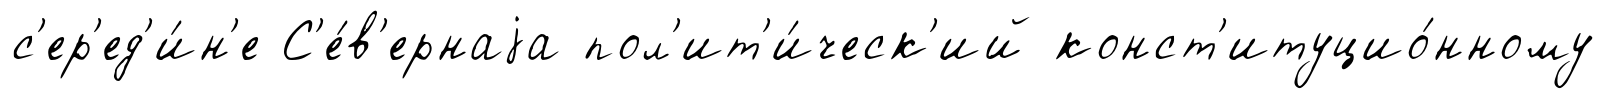
с'ер'ед'и́н'е С'е́в'ернаjа пол'ит'и́ческ'ий конст'итуцио́нному